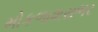
મોકળાશસભર